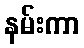
နမ်းကာ